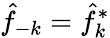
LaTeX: \hat{f}_{-k}=\hat{f}_{k}^{*}